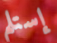
إستلم